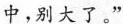
中，别大了。”